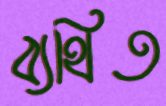
ব্যথিত